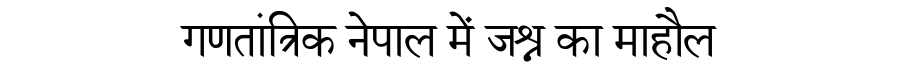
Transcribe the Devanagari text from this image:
गणतांत्रिक नेपाल में जश्न का माहौल